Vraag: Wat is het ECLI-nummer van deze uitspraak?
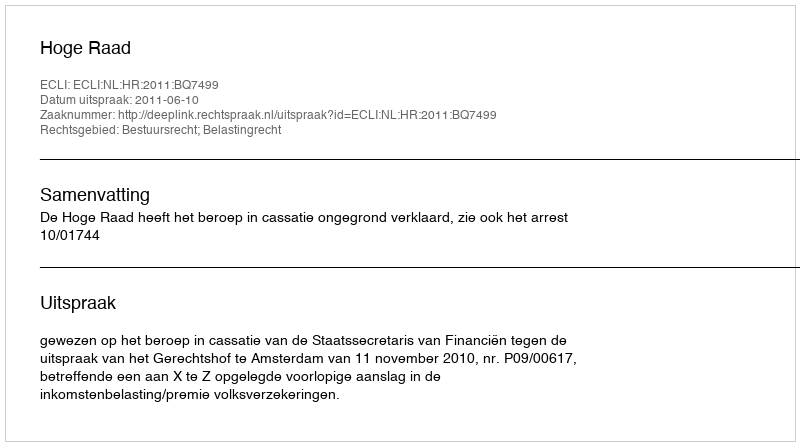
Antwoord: ECLI:NL:HR:2011:BQ7499